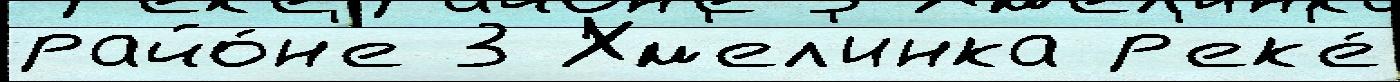
райо́н'е 3 Хм'ел'инка р'ек'е́